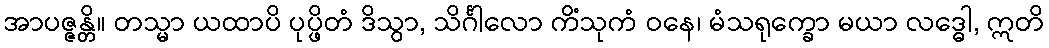
အာပဇ္ဇန္တိ။ တသ္မာ ယထာပိ ပုပ္ဖိတံ ဒိသွာ, သိင်္ဂါလော ကိံသုကံ ဝနေ၊ မံသရုက္ခော မယာ လဒ္ဓေါ, ဣတိ